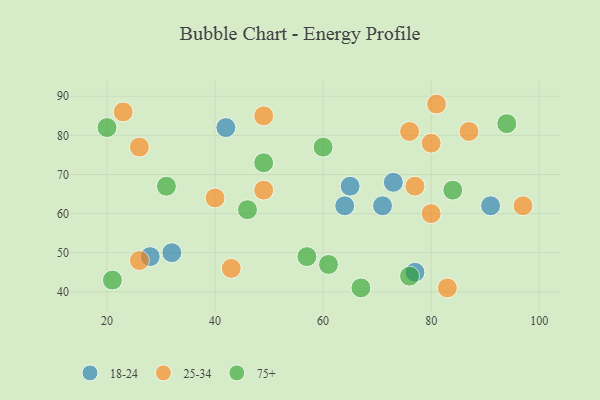
{"axis": {"x": "GDP", "y": "Life Expectancy"}, "legend": ["18-24", "25-34", "75+"], "data": [{"x": "73", "y": 68, "type": "18-24"}, {"x": "65", "y": 67, "type": "18-24"}, {"x": "71", "y": 62, "type": "18-24"}, {"x": "32", "y": 50, "type": "18-24"}, {"x": "77", "y": 45, "type": "18-24"}, {"x": "28", "y": 49, "type": "18-24"}, {"x": "91", "y": 62, "type": "18-24"}, {"x": "64", "y": 62, "type": "18-24"}, {"x": "42", "y": 82, "type": "18-24"}, {"x": "77", "y": 67, "type": "25-34"}, {"x": "97", "y": 62, "type": "25-34"}, {"x": "40", "y": 64, "type": "25-34"}, {"x": "80", "y": 60, "type": "25-34"}, {"x": "87", "y": 81, "type": "25-34"}, {"x": "81", "y": 88, "type": "25-34"}, {"x": "83", "y": 41, "type": "25-34"}, {"x": "26", "y": 77, "type": "25-34"}, {"x": "49", "y": 85, "type": "25-34"}, {"x": "26", "y": 48, "type": "25-34"}, {"x": "76", "y": 81, "type": "25-34"}, {"x": "23", "y": 86, "type": "25-34"}, {"x": "80", "y": 78, "type": "25-34"}, {"x": "49", "y": 66, "type": "25-34"}, {"x": "43", "y": 46, "type": "25-34"}, {"x": "49", "y": 73, "type": "75+"}, {"x": "20", "y": 82, "type": "75+"}, {"x": "61", "y": 47, "type": "75+"}, {"x": "21", "y": 43, "type": "75+"}, {"x": "76", "y": 44, "type": "75+"}, {"x": "94", "y": 83, "type": "75+"}, {"x": "57", "y": 49, "type": "75+"}, {"x": "31", "y": 67, "type": "75+"}, {"x": "67", "y": 41, "type": "75+"}, {"x": "84", "y": 66, "type": "75+"}, {"x": "46", "y": 61, "type": "75+"}, {"x": "60", "y": 77, "type": "75+"}]}